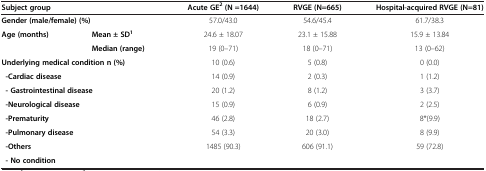
<table><thead><tr><td colspan="2"><b>Subject group</b></td><td><b>Acute GE<sup>2 </sup>(N =1644)</b></td><td><b>RVGE (N=665)</b></td><td><b>Hospital-acquired RVGE (N=81)</b></td></tr></thead><tbody><tr><td colspan="2"><b>Gender (male/female) (%)</b></td><td>57.0/43.0</td><td>54.6/45.4</td><td>61.7/38.3</td></tr><tr><td rowspan="2"><b>Age (months)</b></td><td><b>Mean ± SD</b><sup><b>1</b></sup></td><td>24.6 ± 18.07</td><td>23.1 ± 15.88</td><td>15.9 ± 13.84</td></tr><tr><td><b>Median (range)</b></td><td>19 (0–71)</td><td>18 (0–71)</td><td>13 (0–62)</td></tr><tr><td colspan="2"><b>Underlying medical condition n (%)</b></td><td>10 (0.6)</td><td>5 (0.8)</td><td>0 (0.0)</td></tr><tr><td colspan="2"> <b>-Cardiac disease</b></td><td>14 (0.9)</td><td>2 (0.3)</td><td>1 (1.2)</td></tr><tr><td colspan="2"> <b>- Gastrointestinal disease</b></td><td>20 (1.2)</td><td>8 (1.2)</td><td>3 (3.7)</td></tr><tr><td colspan="2"> <b>-Neurological disease</b></td><td>15 (0.9)</td><td>6 (0.9)</td><td>2 (2.5)</td></tr><tr><td colspan="2"> <b>-Prematurity</b></td><td>46 (2.8)</td><td>18 (2.7)</td><td>8*(9.9)</td></tr><tr><td colspan="2"> <b>-Pulmonary disease</b></td><td>54 (3.3)</td><td>20 (3.0)</td><td>8 (9.9)</td></tr><tr><td colspan="2"> <b>-Others</b></td><td>1485 (90.3)</td><td>606 (91.1)</td><td>59 (72.8)</td></tr><tr><td colspan="2"> <b>- No condition</b></td><td> </td><td> </td><td> </td></tr></tbody></table>